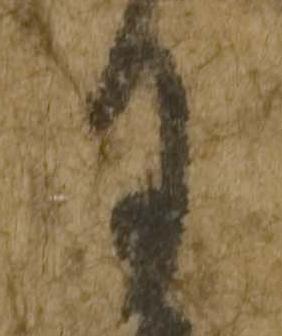
月